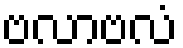
ဗလာဗလံ